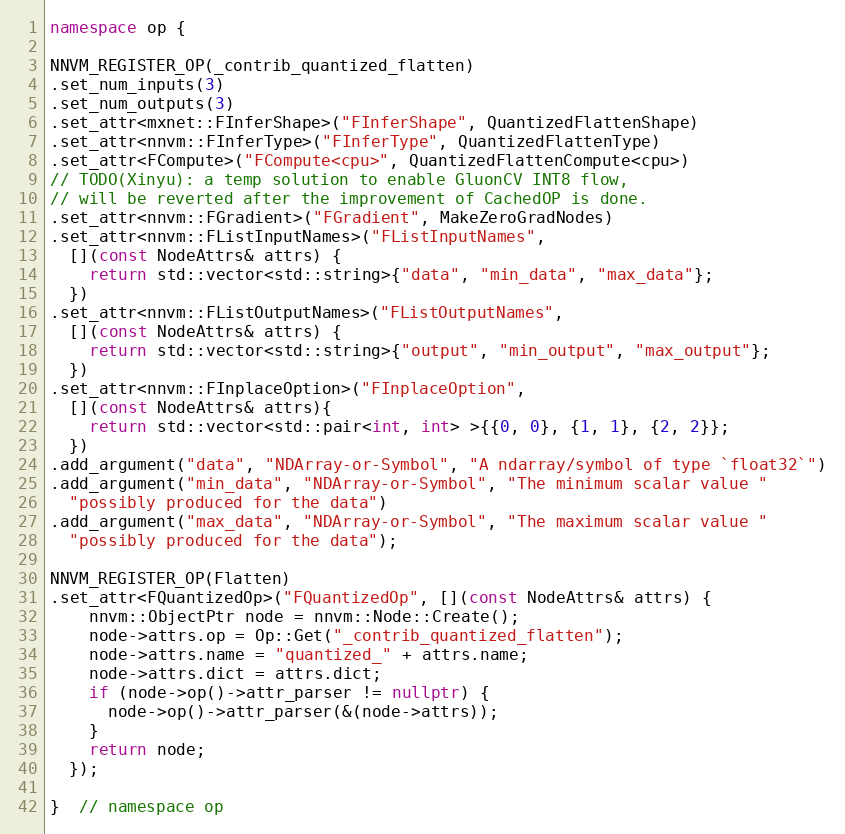
Language: C++
namespace op {

NNVM_REGISTER_OP(_contrib_quantized_flatten)
.set_num_inputs(3)
.set_num_outputs(3)
.set_attr<mxnet::FInferShape>("FInferShape", QuantizedFlattenShape)
.set_attr<nnvm::FInferType>("FInferType", QuantizedFlattenType)
.set_attr<FCompute>("FCompute<cpu>", QuantizedFlattenCompute<cpu>)
// TODO(Xinyu): a temp solution to enable GluonCV INT8 flow,
// will be reverted after the improvement of CachedOP is done.
.set_attr<nnvm::FGradient>("FGradient", MakeZeroGradNodes)
.set_attr<nnvm::FListInputNames>("FListInputNames",
  [](const NodeAttrs& attrs) {
    return std::vector<std::string>{"data", "min_data", "max_data"};
  })
.set_attr<nnvm::FListOutputNames>("FListOutputNames",
  [](const NodeAttrs& attrs) {
    return std::vector<std::string>{"output", "min_output", "max_output"};
  })
.set_attr<nnvm::FInplaceOption>("FInplaceOption",
  [](const NodeAttrs& attrs){
    return std::vector<std::pair<int, int> >{{0, 0}, {1, 1}, {2, 2}};
  })
.add_argument("data", "NDArray-or-Symbol", "A ndarray/symbol of type `float32`")
.add_argument("min_data", "NDArray-or-Symbol", "The minimum scalar value "
  "possibly produced for the data")
.add_argument("max_data", "NDArray-or-Symbol", "The maximum scalar value "
  "possibly produced for the data");

NNVM_REGISTER_OP(Flatten)
.set_attr<FQuantizedOp>("FQuantizedOp", [](const NodeAttrs& attrs) {
    nnvm::ObjectPtr node = nnvm::Node::Create();
    node->attrs.op = Op::Get("_contrib_quantized_flatten");
    node->attrs.name = "quantized_" + attrs.name;
    node->attrs.dict = attrs.dict;
    if (node->op()->attr_parser != nullptr) {
      node->op()->attr_parser(&(node->attrs));
    }
    return node;
  });

}  // namespace op